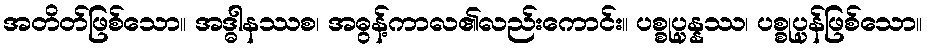
အတိတ်ဖြစ်သော။ အဒ္ဓါနဿစ၊ အဓွန့်ကာလ၏လည်းကောင်း။ ပစ္စုပ္ပန္နဿ၊ ပစ္စုပ္ပန်ဖြစ်သော။